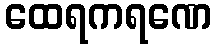
ထေရကရဏေ